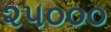
૨૫૦૦૦